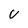
Character: V